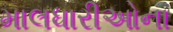
માલધારીઓના